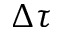
\boldsymbol { \Delta \tau }